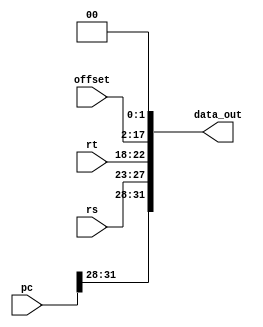
module shift_left_2_PC (
  input wire [31:0] pc, 
  input wire [4:0] rs,
  input wire [4:0] rt,
  input wire [15:0] offset, //veio de {Instr25_21, Instr20_16, Instr15_0} do Instr_Reg
  output wire [31:0] data_out //vai para jump_address_31_0 do mux_pcsource
);

  wire [3:0] pc_4most;

  assign pc_4most = pc[31:28];

  wire [25:0] data_in;

  assign data_in = {rs, rt, offset};

  assign data_out = {pc_4most, data_in, {2{1'b0}}}; //concatena data_in (MSB) com o nmero 0 extendido para 2 bits (LSB)

endmodule